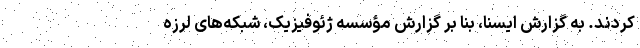
کردند. به گزارش ایسنا، بنا بر گزارش مؤسسه ژئوفیزیک، شبکه‌های لرزه